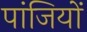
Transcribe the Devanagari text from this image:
पांजियों